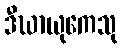
ဒီဃာယုကေသု